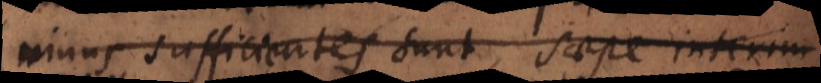
minus sufficientes sunt, saepe interim